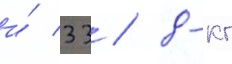
и́ 33 / 8-кг